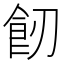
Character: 𩚒